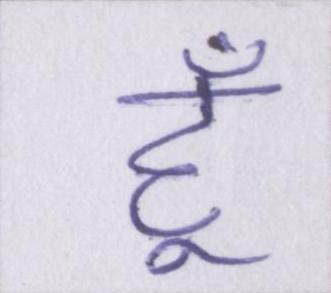
हूँ